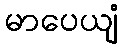
မာပေယျံ